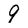
Character: 9